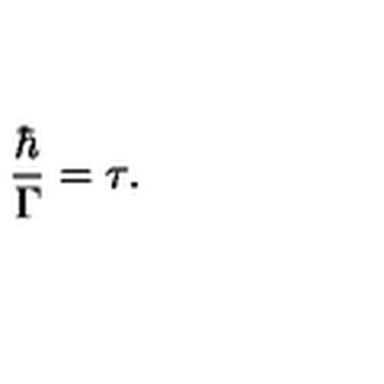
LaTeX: \frac { \hbar } { \Gamma } = \tau .